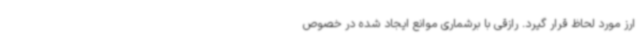
ارز مورد لحاظ قرار گیرد. رازقی با برشماری موانع ایجاد شده در خصوص